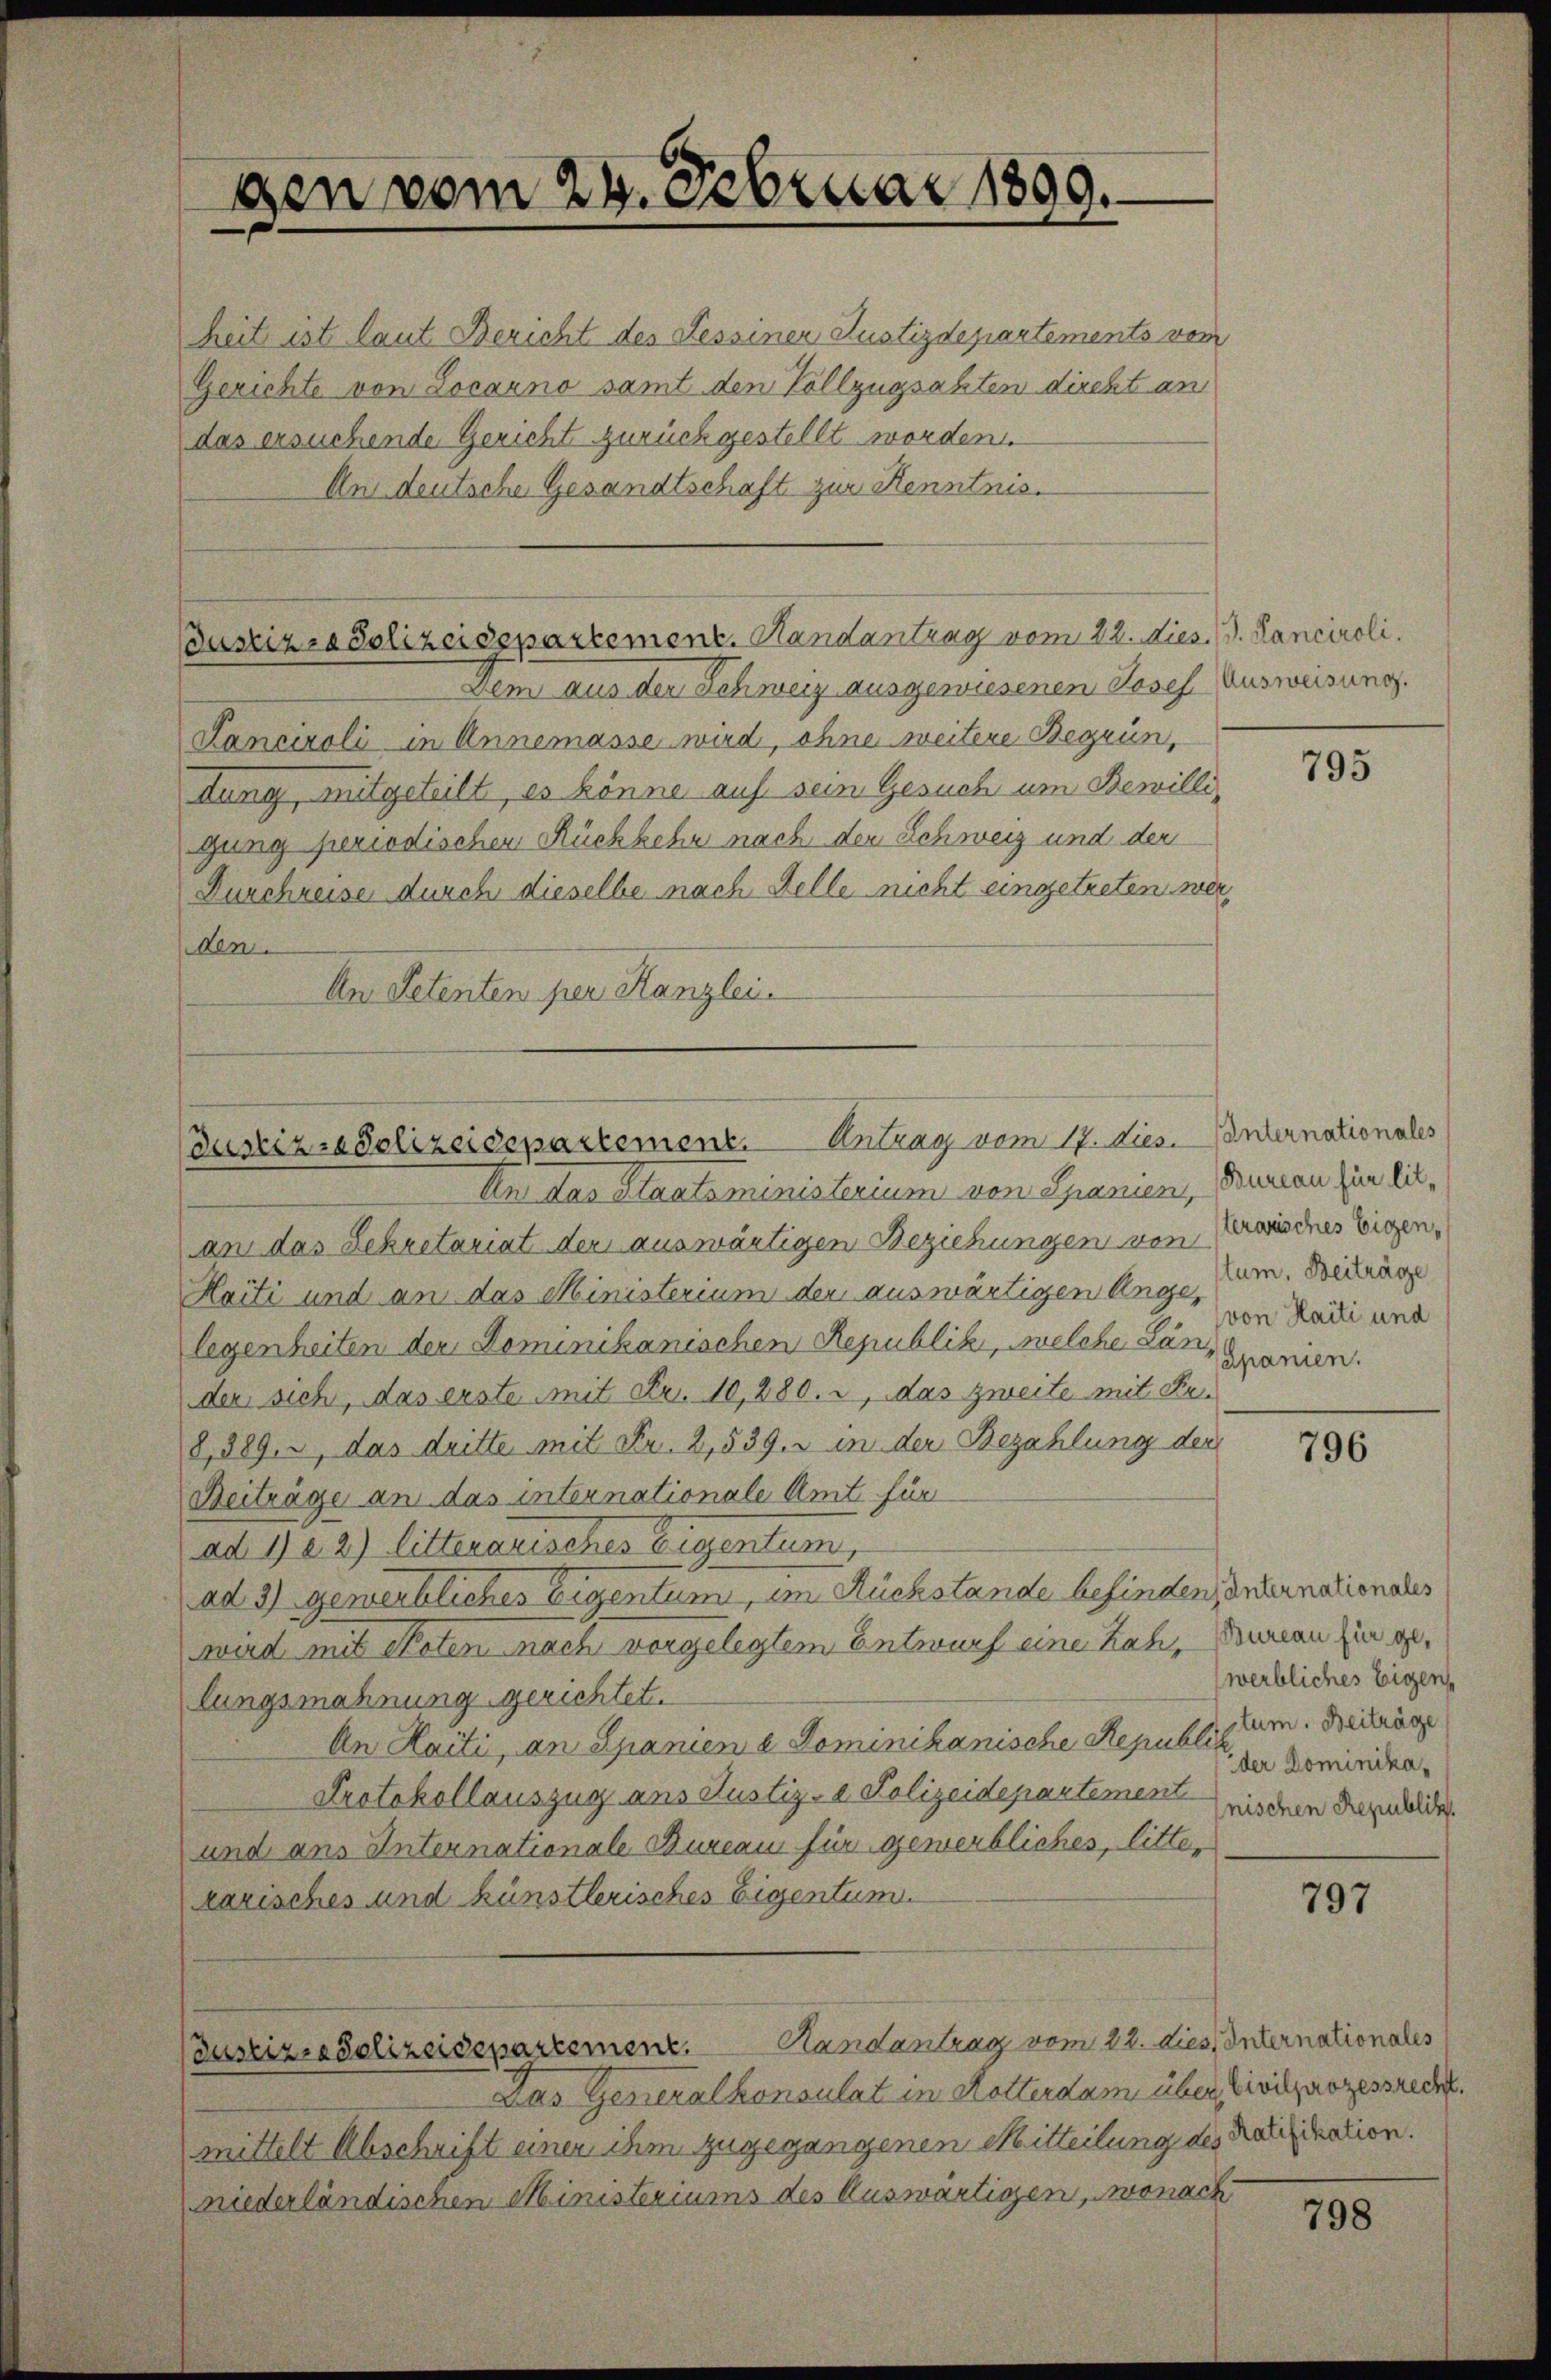
Den vom 24. Februar 1899.

heit ist laut Bericht des Tessiner Justizdepartements von
Gerichte von Locarno samt den Vollzugsakten direkt an
das ersuchende Gericht zurückgestellt worden.
An deutsche Gesandtschaft zur Kenntnis¬

Justizra Polizeidspartement. Handantrag vom 22. dies. 19. Sanciroli.

Justiz-Polizeidepartement. Antrag vom 17. Dies. Internationales

(Justizia Polizeidepartement. Handantrag vom 22. dies Internationales

Dem aus der Schweiz ausgewiesenen Josef Ausweisung.
Lanciroli in Annemasse wird, ohne weitere Begrün,
dung, mitgeteilt, es könne auf sein Gesuch um Bewilli,
gung periodischen Rückkehr nach der Schweiz und der
Durchreise durch dieselbe nach Kelle nicht eingetreten werden
An Petenten per Kanzlei.

Un das Staatsministerium von Spanien, Bureau für diean das Sekretariat der auswärtigen Beziehungen von Erweines Eigen¬

Haiti und an das Ministerium der auswärtigen Angelegenheiten der Dominikanischen Republik, welche Lanz spanien.
der sich, das erste mit Fr. 10,280. 2, das zweite mit Re¬
8,389. 3, das dritte mit Fr. 2,539. in der Bezahlung der
Beiträge an das internationale Amt für
ad 1) e. 2) litterarisches Eigentum,
ad 3) gewerbliches Eigentum, im Rückstände befinden, unternationales
wird mit Noten nach vorgelegtem Entwurf eine Zah, Bureau zu gelungsmahnung gerichtet.
An Haiti, an Spanien a Dominikanische Republikum. Beiträge
Protokollauszug aus Justiz- & Polizeidepartement wieden Semelde
und ans Internationale Bureau für gewerbliches, litter
rarisches und künstlerisches Eigentum.

Das Generalkonsulat in Hotterdam über Civilprozessrecht.
mittelt Abschrift einer ihm zugegangenen Mitteilung des Ratifikation.
niederländischen Ministeriums des Auswärtigen, wonach

795

tum. Beiträge
von Haiti und

796

werbliches Eigen
der Dominika¬

797

798